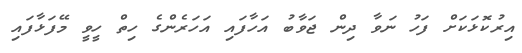
އިރުކޮޅަކަށް ފަހު ނަވާ ދިން ޖަވާބު އަހާފައި އަހަރެންގެ ހިތް ހީވީ މޭފަޅާފައި